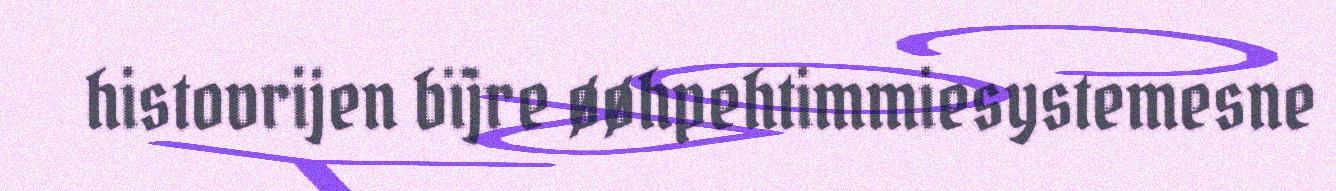
histovrijen bïjre øøhpehtimmiesystemesne